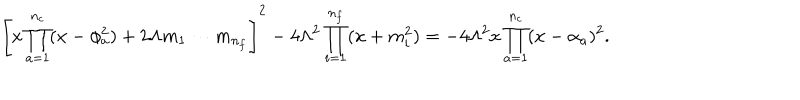
\left[ x \prod _ { a = 1 } ^ { n _ { c } } ( x - \phi _ { a } ^ { 2 } ) + 2 \Lambda m _ { 1 } \cdots m _ { n _ { f } } \right] ^ { 2 } - 4 \Lambda ^ { 2 } \prod _ { i = 1 } ^ { n _ { f } } ( x + m _ { i } ^ { 2 } ) = - 4 \Lambda ^ { 2 } x \prod _ { a = 1 } ^ { n _ { c } } ( x - \alpha _ { a } ) ^ { 2 } .